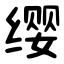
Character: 缨